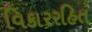
વિકારરહિત